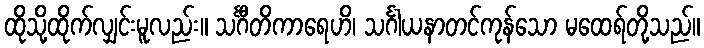
ထိုသို့ထိုက်လျှင်းမူလည်း။ သင်္ဂီတိကာရေဟိ၊ သင်္ဂါယနာတင်ကုန်သော မထေရ်တို့သည်။